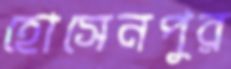
হোসেনপুর